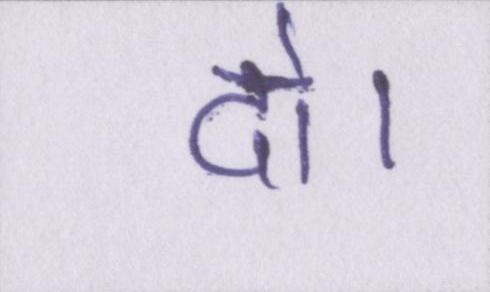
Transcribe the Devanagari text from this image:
दो।